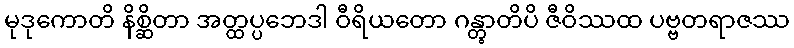
မုဒုကောတိ နိစ္ဆိတာ အတ္ထပ္ပဘေဒါ ဝီရိယတော ဂန္တွာတိပိ ဇီဝိဿထ ပဗ္ဗတရာဇဿ